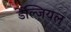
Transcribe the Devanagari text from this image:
डेल्ज़ियल